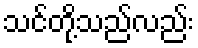
သင်တို့သည်လည်း